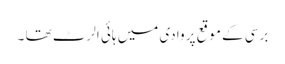
برسی کے موقع پر وادی میں ہائی الرٹ تھا ۔